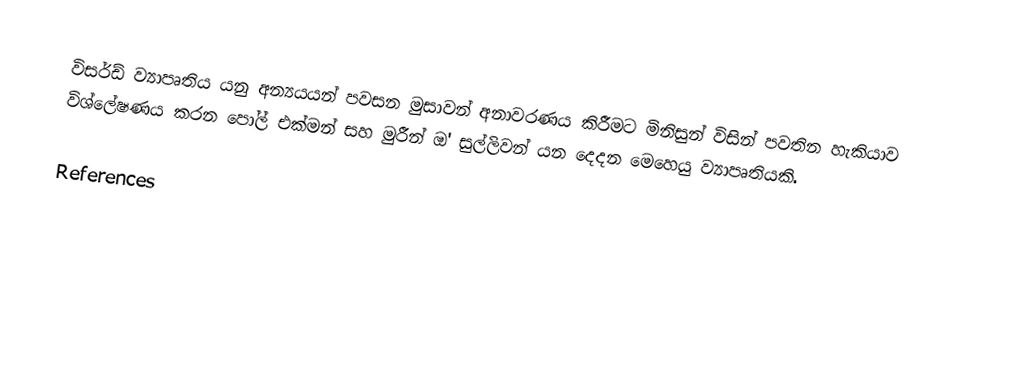
විසර්ඩ් ව්‍යාපෘතිය යනු අන්‍යයයන් පවසන මුසාවන් අනාවරණය කිරීමට මිනිසුන් විසින් පවතින හැකියාව විශ්ලේෂණය කරන පෝල් එක්මන් සහ මුරීන් ඔ' සුල්ලිවන් යන දෙදන මෙහෙයු ව්‍යාපෘතියකි.

References